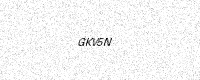
Text: GKV5N